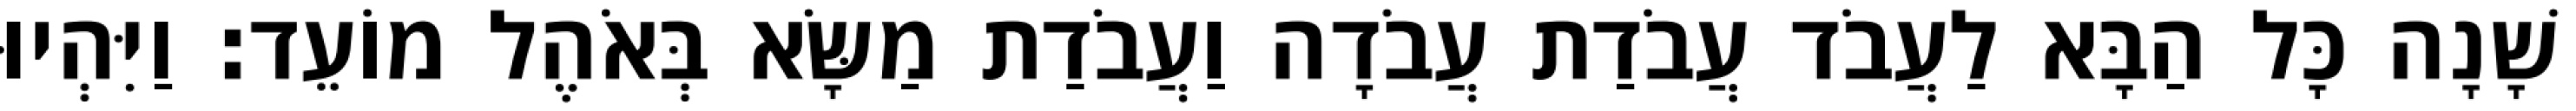
שָׁנָה כָּל הַבָּא לַעֲבֹד עֲבֹדַת עֲבֹדָה וַעֲבֹדַת מַשָּׂא בְּאֹהֶל מוֹעֵד׃ וַיִּהְיוּ